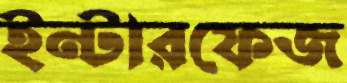
ইন্টারফেজ